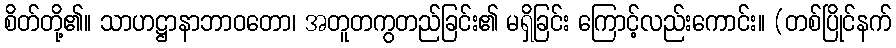
စိတ်တို့၏။ သာဟဋ္ဌာနာဘာဝတော၊ အတူတကွတည်ခြင်း၏ မရှိခြင်း ကြောင့်လည်းကောင်း။ (တစ်ပြိုင်နက်